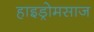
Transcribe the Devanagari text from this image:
हाइड्रोमसाज